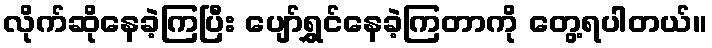
လိုက်ဆိုနေခဲ့ကြပြီး ပျော်ရွှင်နေခဲ့ကြတာကို တွေ့ရပါတယ်။